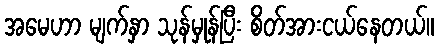
အမေဟာ မျက်နှာ သုန်မှုန်ပြီး စိတ်အားငယ်နေတယ်။